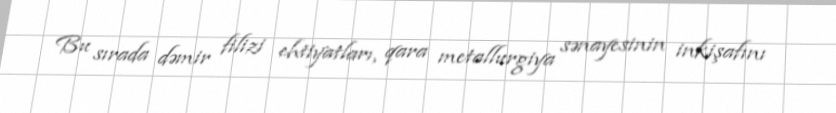
Bu sırada dəmir filizi ehtiyatları, qara metallurgiya sənayesinin inkişafını